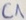
Text: C1